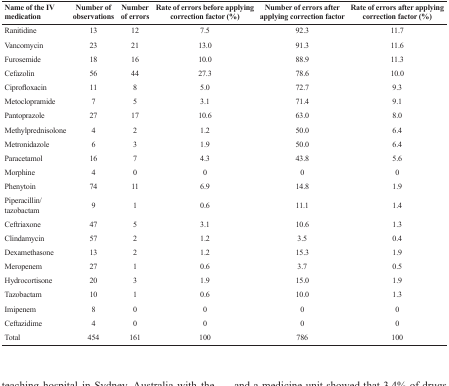
<table><thead><tr><td><b>Name of the IV medication</b></td><td><b>Number of observations</b></td><td><b>Number of errors</b></td><td><b>Rate of errors before applying correction factor (%)</b></td><td><b>Number of errors after applying correction factor</b></td><td><b>Rate of errors after applying correction factor (%)</b></td></tr></thead><tbody><tr><td>Ranitidine</td><td>13</td><td>12</td><td>7.5</td><td>92.3</td><td>11.7</td></tr><tr><td>Vancomycin</td><td>23</td><td>21</td><td>13.0</td><td>91.3</td><td>11.6</td></tr><tr><td>Furosemide</td><td>18</td><td>16</td><td>10.0</td><td>88.9</td><td>11.3</td></tr><tr><td>Cefazolin</td><td>56</td><td>44</td><td>27.3</td><td>78.6</td><td>10.0</td></tr><tr><td>Ciprofloxacin</td><td>11</td><td>8</td><td>5.0</td><td>72.7</td><td>9.3</td></tr><tr><td>Metoclopramide</td><td>7</td><td>5</td><td>3.1</td><td>71.4</td><td>9.1</td></tr><tr><td>Pantoprazole</td><td>27</td><td>17</td><td>10.6</td><td>63.0</td><td>8.0</td></tr><tr><td>Methylprednisolone</td><td>4</td><td>2</td><td>1.2</td><td>50.0</td><td>6.4</td></tr><tr><td>Metronidazole</td><td>6</td><td>3</td><td>1.9</td><td>50.0</td><td>6.4</td></tr><tr><td>Paracetamol</td><td>16</td><td>7</td><td>4.3</td><td>43.8</td><td>5.6</td></tr><tr><td>Morphine</td><td>4</td><td>0</td><td>0</td><td>0</td><td>0</td></tr><tr><td>Phenytoin</td><td>74</td><td>11</td><td>6.9</td><td>14.8</td><td>1.9</td></tr><tr><td>Piperacillin/tazobactam</td><td>9</td><td>1</td><td>0.6</td><td>11.1</td><td>1.4</td></tr><tr><td>Ceftriaxone</td><td>47</td><td>5</td><td>3.1</td><td>10.6</td><td>1.3</td></tr><tr><td>Clindamycin</td><td>57</td><td>2</td><td>1.2</td><td>3.5</td><td>0.4</td></tr><tr><td>Dexamethasone</td><td>13</td><td>2</td><td>1.2</td><td>15.3</td><td>1.9</td></tr><tr><td>Meropenem</td><td>27</td><td>1</td><td>0.6</td><td>3.7</td><td>0.5</td></tr><tr><td>Hydrocortisone</td><td>20</td><td>3</td><td>1.9</td><td>15.0</td><td>1.9</td></tr><tr><td>Tazobactam</td><td>10</td><td>1</td><td>0.6</td><td>10.0</td><td>1.3</td></tr><tr><td>Imipenem</td><td>8</td><td>0</td><td>0</td><td>0</td><td>0</td></tr><tr><td>Ceftazidime</td><td>4</td><td>0</td><td>0</td><td>0</td><td>0</td></tr><tr><td>Total</td><td>454</td><td>161</td><td>100</td><td>786</td><td>100</td></tr></tbody></table>